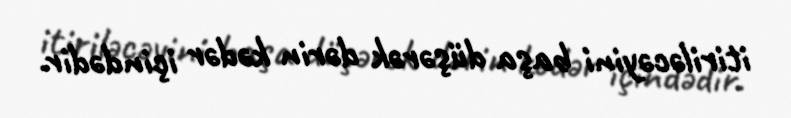
itiriləcəyini başa düşərək dərin kədər içindədir.